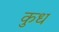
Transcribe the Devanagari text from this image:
कुध